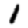
Digit: 1